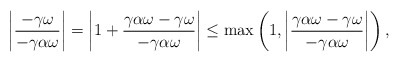
\begin{align*}\left|\dfrac{-\gamma \omega}{-\gamma \alpha \omega}\right|&=\left|1+\dfrac{\gamma \alpha \omega-\gamma \omega}{-\gamma\alpha \omega}\right| \leq \max \left(1,\left|\dfrac{\gamma \alpha \omega - \gamma \omega}{- \gamma \alpha \omega}\right| \right),\end{align*}